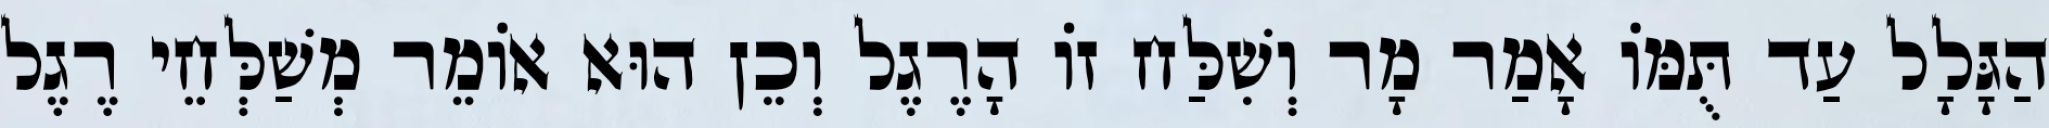
הַגָּלָל עַד תֻּמּוֹ אָמַר מָר וְשִׁלַּח זוֹ הָרֶגֶל וְכֵן הוּא אוֹמֵר מְשַׁלְּחֵי רֶגֶל